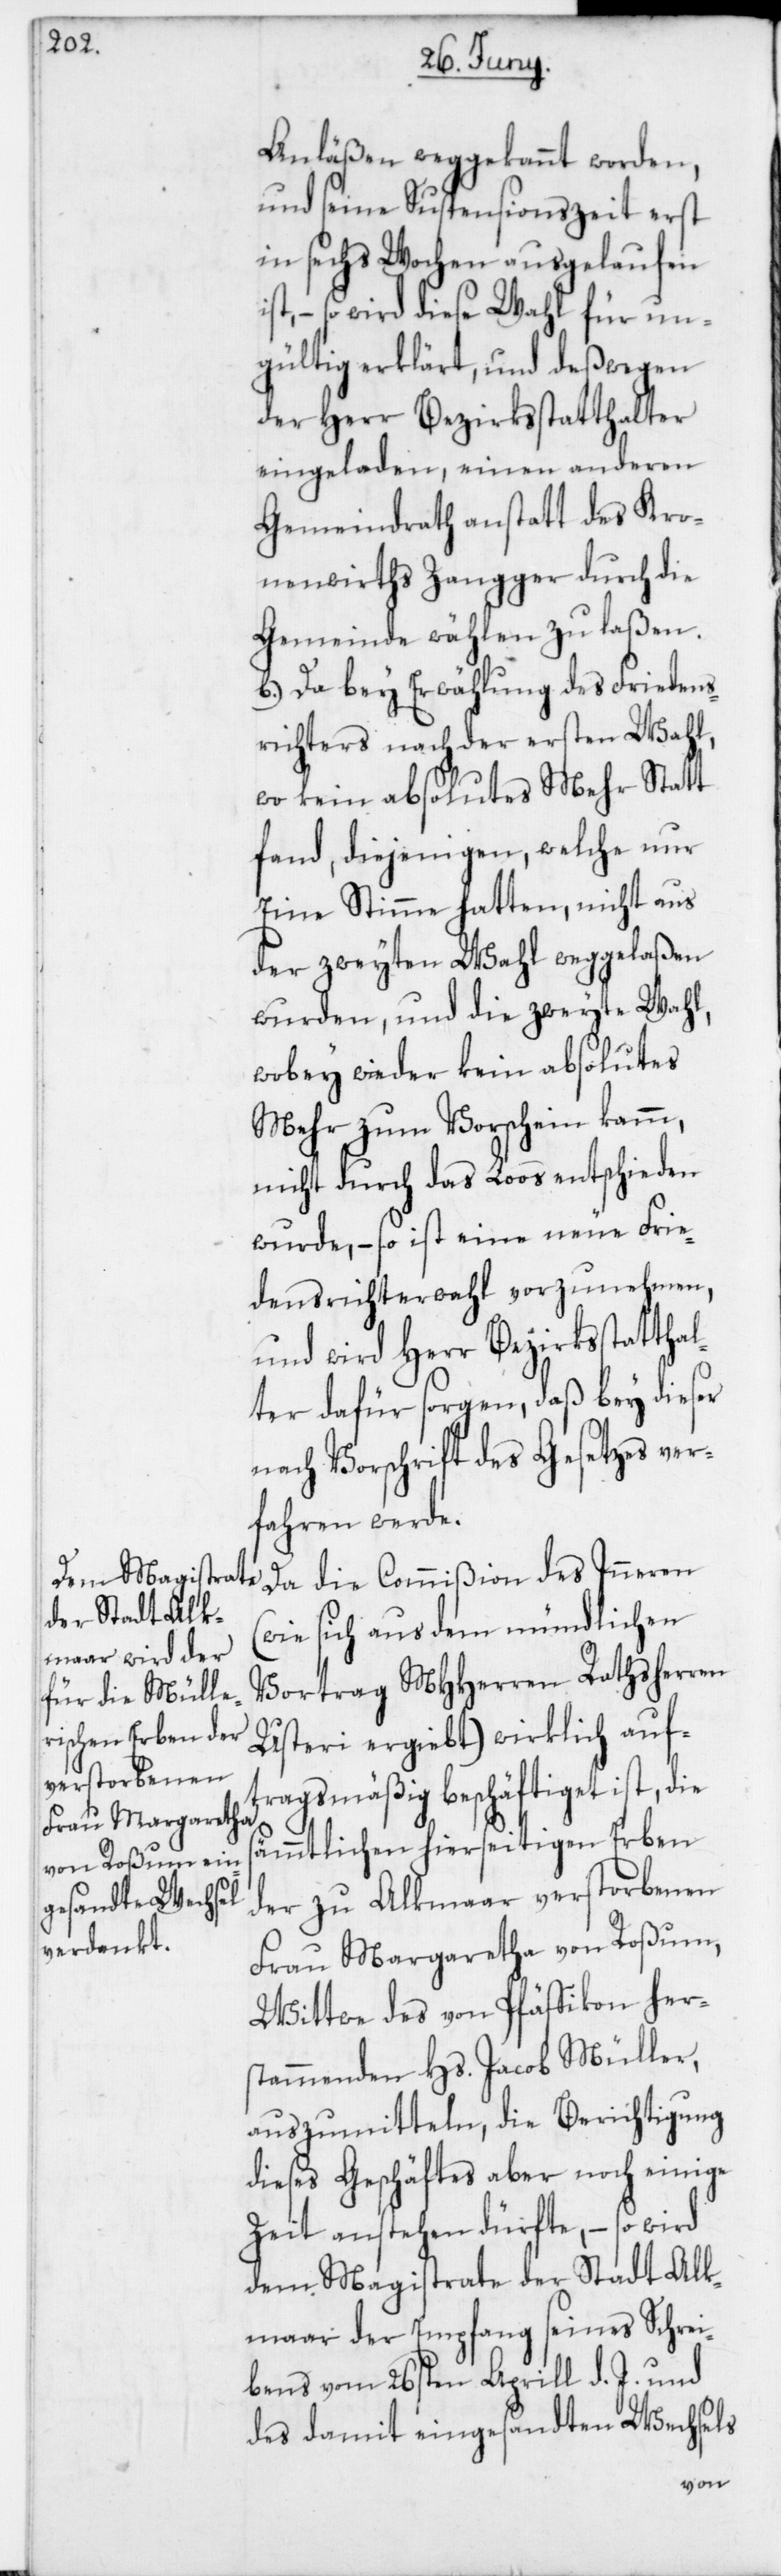
Anläßen weggekannt worden,
und seine Suspensionszeit erst
in sechs Wochen ausgelaufen
so wird diese Wahl für un¬
gültig erklärt, und deßwegen
der Herr Bezirksstatthalter
eingeladen, einen anderen
Gemeindrath anstatt des Kro¬
nenwirths Zangger durch die
Gemeinde wählen zu laßen.
b) Da bey Erwählung des Friedens¬
richters nach der ersten Wahl,
wo kein absolutes Mehr Statt
fand, diejenigen, welche nur
eine Stimme hatten, nicht aus
der zweyten Wahl weggelaßen
wurden, und die zweyte Wahl,
wobey wieder kein absolutes
Mehr zum Vorschein kamm,
nicht durch das Loos entschieden
wurde, – so ist eine neue Frie¬
densrichterwahl vorzunehmen,
und wird Herr Bezirksstattha¬
lter dafür sorgen, daß bey dieser
nach Vorschrift des Gesetzes ver¬
fahren werde.
(wie sich aus dem mündlichen
Vortrag MHHerren Rathsherren
Usteri ergiebt) wirklich auf¬
tragsmäßig beschäftiget ist, die
sämmtlichen hierseitigen Erben
der zu Alkmaar verstorbenen
Frau Margaretha von Roßum,
Wittwe des von Pfäffikon her¬
stammenden Hs. Jacob Müller,
auszumitteln, die Berichtigung
dieses Geschäftes aber noch einige
Zeit anstehen dürfte, – so wird
dem Magistrate der Stadt Alk¬
maar der Empfang seines Schrei¬
bens vom 26sten Aprill d. J. und
des damit eingesandten Wechsels